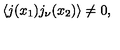
\langle j ( x _ { 1 } ) j _ { \nu } ( x _ { 2 } ) \rangle \ne 0 ,